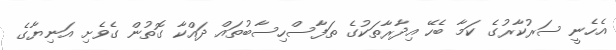
އެހެނީ ސަރުކާރުގެ ކަމާ ބެހޭ އިދާރާތަކުގެ ތަފާސްހިސާބުތައް ދައްކާ ގޮތުން ގެވެށި އަނިޔާގެ